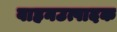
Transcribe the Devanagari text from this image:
वाहनउत्पादक